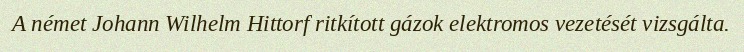
A német Johann Wilhelm Hittorf ritkított gázok elektromos vezetését vizsgálta.